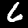
Label: 6